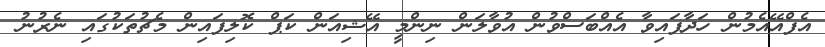
އެފްއޭއެމުން ހަދާފައިވާ އެއްބަސްވުން އުވާލަން ނިންމީ އޭޝިއަން ކަޕް ކޮލިފައިން މެޗުތަކުގައި ނެރުނު